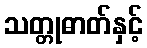
သတ္တုဓာတ်နှင့်